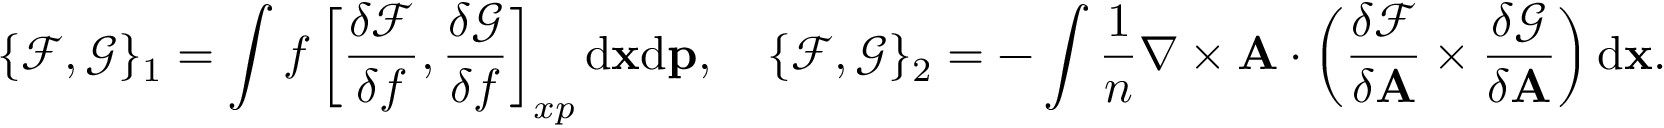
\{ \mathcal { F } , \mathcal { G } \} _ { 1 } = \int f \left[ \frac { \delta \mathcal { F } } { \delta f } , \frac { \delta \mathcal { G } } { \delta f } \right] _ { x p } \mathrm { d } { \mathbf x } \mathrm { d } { \mathbf p } , \quad \{ \mathcal { F } , \mathcal { G } \} _ { 2 } = - \int \frac { 1 } { n } \nabla \times \mathbf { A } \cdot \left( \frac { \delta \mathcal { F } } { \delta { \mathbf A } } \times \frac { \delta \mathcal { G } } { \delta { \mathbf A } } \right) \mathrm { d } { \mathbf x } .